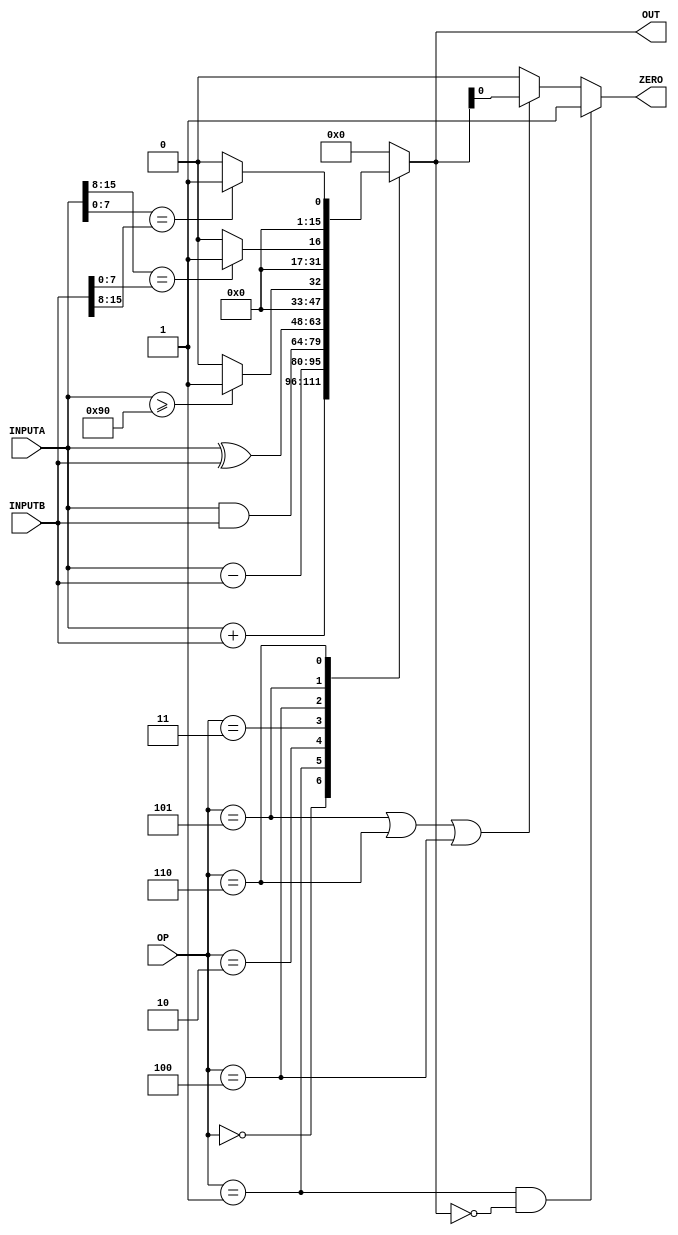
`timescale 1ns / 1ps
//////////////////////////////////////////////////////////////////////////////////
// Company: 
// Engineer: 
// 
// Design Name: 
// Module Name:    ALU 
// Project Name: 
// Target Devices: 
// Tool versions: 
// Description: 
//
// Dependencies: 
//
// Revision: 
// Revision 0.01 - File Created
// Additional Comments: 
//
//////////////////////////////////////////////////////////////////////////////////
module ALU(
    input [2:0] OP,
    input [15:0] INPUTA,
    input [15:0] INPUTB,
    output reg [15:0] OUT,
    output reg ZERO
    );
	 
	
	always @(INPUTA, INPUTB, OP)
	begin
	
	case(OP)
		0 : OUT = INPUTA+INPUTB;
		1 : OUT = INPUTA-INPUTB;
		2 : OUT = INPUTA&INPUTB;
		3 : OUT = INPUTA^INPUTB;
		4 : OUT = (INPUTA >= 144) ? 1 : 0;
		5 : OUT = (INPUTA[15:8] == INPUTB[7:0]) ? 1 : 0;
		6 : OUT = (INPUTA[7:0] == INPUTB[15:8]) ? 1 : 0;
		default: OUT = 0;
	endcase
	
	if (OP == 6)
	begin
		$display("Inputa : %d - Inputb : %d",INPUTA,INPUTB);
		$display("Out: %d",OUT);
	end
	
	if (OP == 1 && OUT == 0)
	begin
		$display("ZERO");
		ZERO = 1'b1;
	end
	else if (OP == 5 || OP == 6 || OP == 4)
	begin
		$display("OP %d | %d %d| %d",OP,INPUTA,INPUTB,OUT);
		ZERO = OUT;
	end
	else 
		ZERO = 1'b0;
	
	end

endmodule